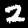
Digit: 2